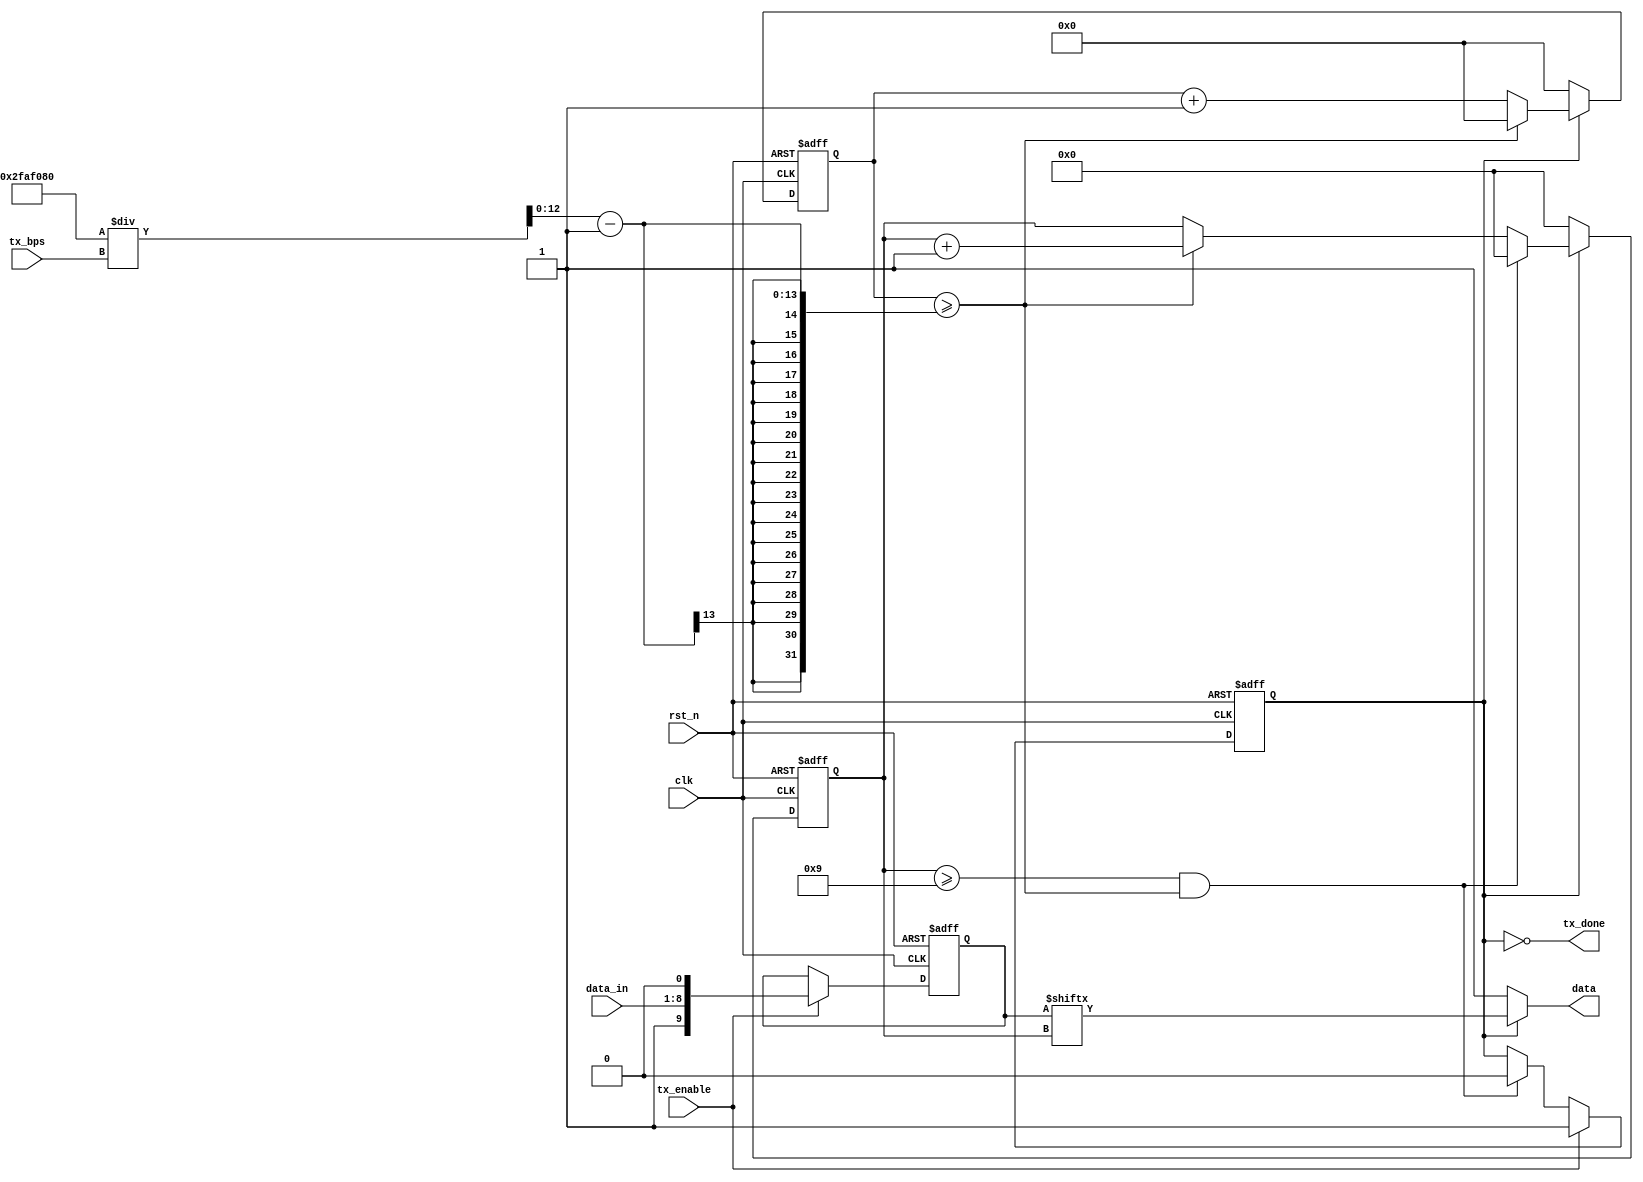
module uart_tx(input			wire						clk,
               input			wire						rst_n,
               input			wire						tx_enable, // 
               input			wire		[ 07:0 ]		data_in, // 
               input			wire		[ 19:0 ]		tx_bps, // 
               output			wire						data, // 
               output			wire						tx_done);
    
    localparam MAX_BIT = 10;
    
    reg			[ 09:0 ]			data_r			; // 
    reg			[ 12:0 ]			cnt_bps			; // 
    reg			[ 03:0 ]			cnt_bit			; // 
    
    wire		[ 12:0 ]			max_bps			; // 

    wire							flag_clear_cnt_bps			; // 
    wire							flag_add_cnt_bit			; // +1
    wire							flag_clear_cnt_bit			; 
    reg								flag_send_data			    ; //
    
    //
    always @(posedge clk or negedge rst_n) begin
        if(!rst_n) begin
            data_r <= 10'b0;
        end
        else if(tx_enable) begin
            data_r <={1'b1, data_in, 1'b0};
        end

    end
    
    // 
    always @( posedge clk or negedge rst_n ) begin
        if ( !rst_n ) begin
            cnt_bps <= 0;
        end
        else if ( flag_send_data ) begin
            if ( flag_clear_cnt_bps ) begin
                cnt_bps <= 0;
            end
            else begin
                cnt_bps <= cnt_bps + 1;
            end
        end
        else begin
            cnt_bps <= 0;
        end
        
    end

    assign flag_clear_cnt_bps  = cnt_bps >= max_bps -1;
    assign max_bps             = 50_000_000 / tx_bps;
    
    // 
    always @( posedge clk or negedge rst_n ) begin
        if ( !rst_n ) begin
            cnt_bit <= 0;
        end
        else if ( flag_send_data ) begin
            if ( flag_clear_cnt_bit ) begin
                cnt_bit <= 0;
            end
            else if ( flag_add_cnt_bit )begin
                cnt_bit <= cnt_bit + 1;
            end
            else begin
                cnt_bit <= cnt_bit;
            end
        end
        else begin
            cnt_bit <= 0;
        end
    end

    assign flag_add_cnt_bit   = flag_clear_cnt_bps;
    assign flag_clear_cnt_bit = cnt_bit >= MAX_BIT - 1 && flag_add_cnt_bit ;


    //
    always @(posedge clk or negedge rst_n) begin
        if(!rst_n) begin
            flag_send_data <= 0;
        end
        else if(tx_enable) begin
            flag_send_data <= 1;
        end
        else if(flag_clear_cnt_bit) begin
            flag_send_data <= 0;
        end
        else begin
            flag_send_data <= flag_send_data;
        end
    end
    //
    assign data = flag_send_data ? data_r[cnt_bit]:1;
    assign tx_done = ~flag_send_data  ;
    //
    // always @(*) begin
    //     if(!rst_n) begin
    //         tx_done = 1;
    //     end
    //     else if(flag_clear_cnt_bit) begin
    //         tx_done = 1;
    //     end
    //     else if(flag_send_data) begin
    //         tx_done = 0;
    //     end
    //     else begin
    //         tx_done = tx_done;
    //     end
    // end

 
endmodule